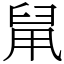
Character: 䑕